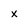
Character: x